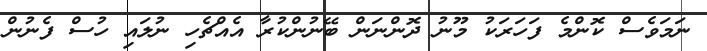
ނަމަވެސް ކޮންމެ ފަހަރަކު މޫނު ދޮންނަން ބޭނުންކުރާ އެއްޗެހި ނުލައި ހުސް ފެނުން